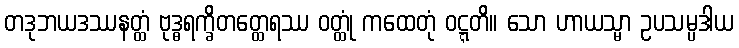
တဒုဘယဒဿနတ္ထံ ဗုဒ္ဓရက္ခိတတ္ထေရဿ ဝတ္ထုံ ကထေတုံ ဝဋ္ဋတိ။ သော ဟာယသ္မာ ဥပသမ္ပဒါယ